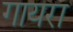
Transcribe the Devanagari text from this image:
गायरा